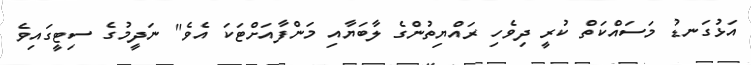
އަޅުގަނޑު މަސައްކަތް ކުރީ ދިވެހި ރައްޔިތުންގެ ލާބަޔާއި މަންފާއަށްޓަކަ އެވެ" ނަދީމުގެ ސިޓީގައިވެ